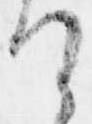
て